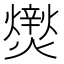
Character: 㸉